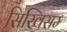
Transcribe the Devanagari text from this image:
सिखिसम्‍